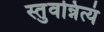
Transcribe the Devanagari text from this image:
स्तुवन्नित्यं